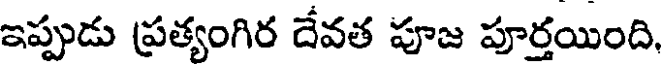
ఇప్పుడు ప్రత్యంగిర దేవత పూజ పూర్తయింది,